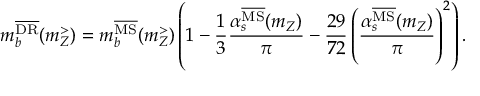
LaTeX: m _ { b } ^ { \overline { { \mathrm { D R } } } } ( m _ { Z } ^ { > } ) = m _ { b } ^ { \overline { { \mathrm { M S } } } } ( m _ { Z } ^ { > } ) \left( 1 - \frac { 1 } { 3 } \frac { \alpha _ { s } ^ { \overline { { \mathrm { M S } } } } ( m _ { Z } ) } { \pi } - \frac { 2 9 } { 7 2 } \left( \frac { \alpha _ { s } ^ { \overline { { \mathrm { M S } } } } ( m _ { Z } ) } { \pi } \right) ^ { 2 } \right) .